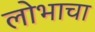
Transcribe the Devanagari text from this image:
लोभाचा